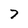
Character: 7